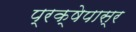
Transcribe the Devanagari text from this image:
प्रक्षेपास्र